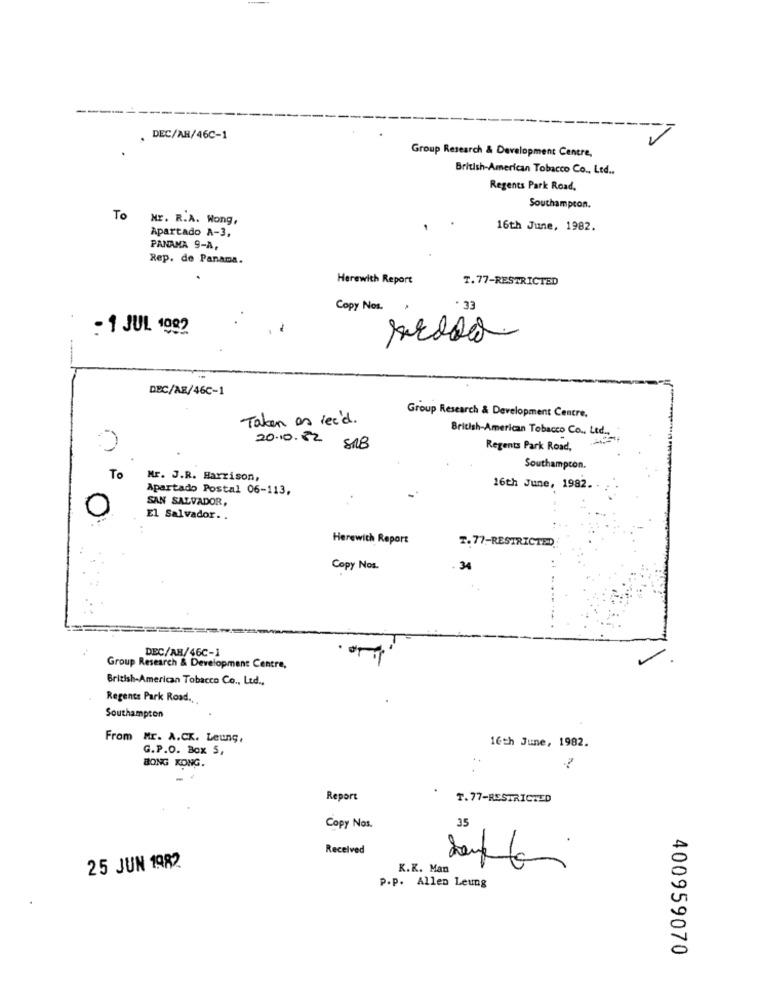
------
DEC/AR/46C-1
Group Research & Development Centre,
British-American Tobacco Co ., Ltd ..
Regents Park Road.
Southampton.
TO Mr. R.A. Wong,
Apartado A-3,
16th June, 1982.
PANAMA 9-A,
Rep. de Panama.
Herewith Report
T.77-RESTRICTED
Copy Nos.
. 33
- 1 JUL 1992
DEC/AE/46C-1
Taken as rec'd .
Group Research & Development Centre.
British American Tobacco Co ., Ltd
20.10.82
Regents Park Road,
To
Southampton.
Mr. J.R. Harrison,
Apartado Postal 06-113,
16th June, 1982.
SAN SALVADOR,
0
El Salvador ..
Herewith Report
T.77 -- RESTRICTED
Copy Nos.
34
DEC/AB/46C-1
Group Research & Development Centre,
British-American Tobacco Co ., Ltd .,
Regents Park Road.
Southampton
From Mr. A.CK. Leung,
16th June, 1982.
G.P.O. Box 5,
BONG KONG.
Report
T. 77-RESTRICTED
Copy Nos.
35
Received
25 JUN 1982
K.K. Man
P.P. Allen Leung
400959070